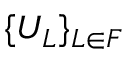
\{ U _ { L } \} _ { L \in F }